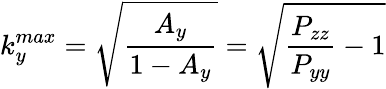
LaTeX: k_{y}^{max}=\sqrt{\frac{A_{y}}{1-A_{y}}}=\sqrt{\frac{P_{zz}}{P_{yy}}-1}